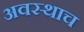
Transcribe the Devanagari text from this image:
अवस्थाच